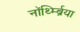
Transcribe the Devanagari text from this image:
नॉर्थ्म्ब्रिया